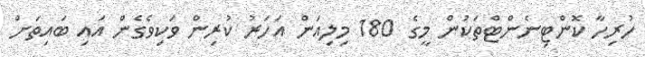
ހުރިހާ ކޮންޓިނެންޓްތަކުން މީގެ 180 މިލިއަން އަހަރު ކުރިން ވަކިވެގެން އައި ބައިތަށް